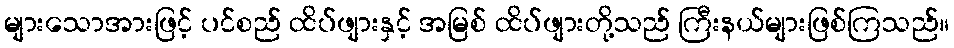
များသောအားဖြင့် ပင်စည် ထိပ်ဖျားနှင့် အမြစ် ထိပ်ဖျားတို့သည် ကြီးနယ်များဖြစ်ကြသည်။